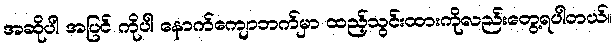
အဆိုပါ အပြင် ကိုပါ နောက်ကျောဘက်မှာ ထည့်သွင်းထားကိုလည်းတွေ့ရပါတယ်။